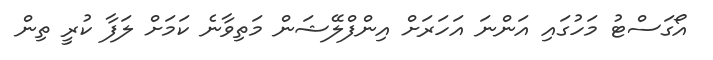
އޯގަސްޓު މަހުގައި އަންނަ އަހަރަށް އިންފްލޭޝަން މަތިވާނެ ކަމަށް ލަފާ ކުރީ ތިން